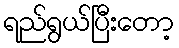
ရည်ရွယ်ပြီးတော့